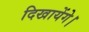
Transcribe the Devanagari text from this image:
दिखायेंगे।